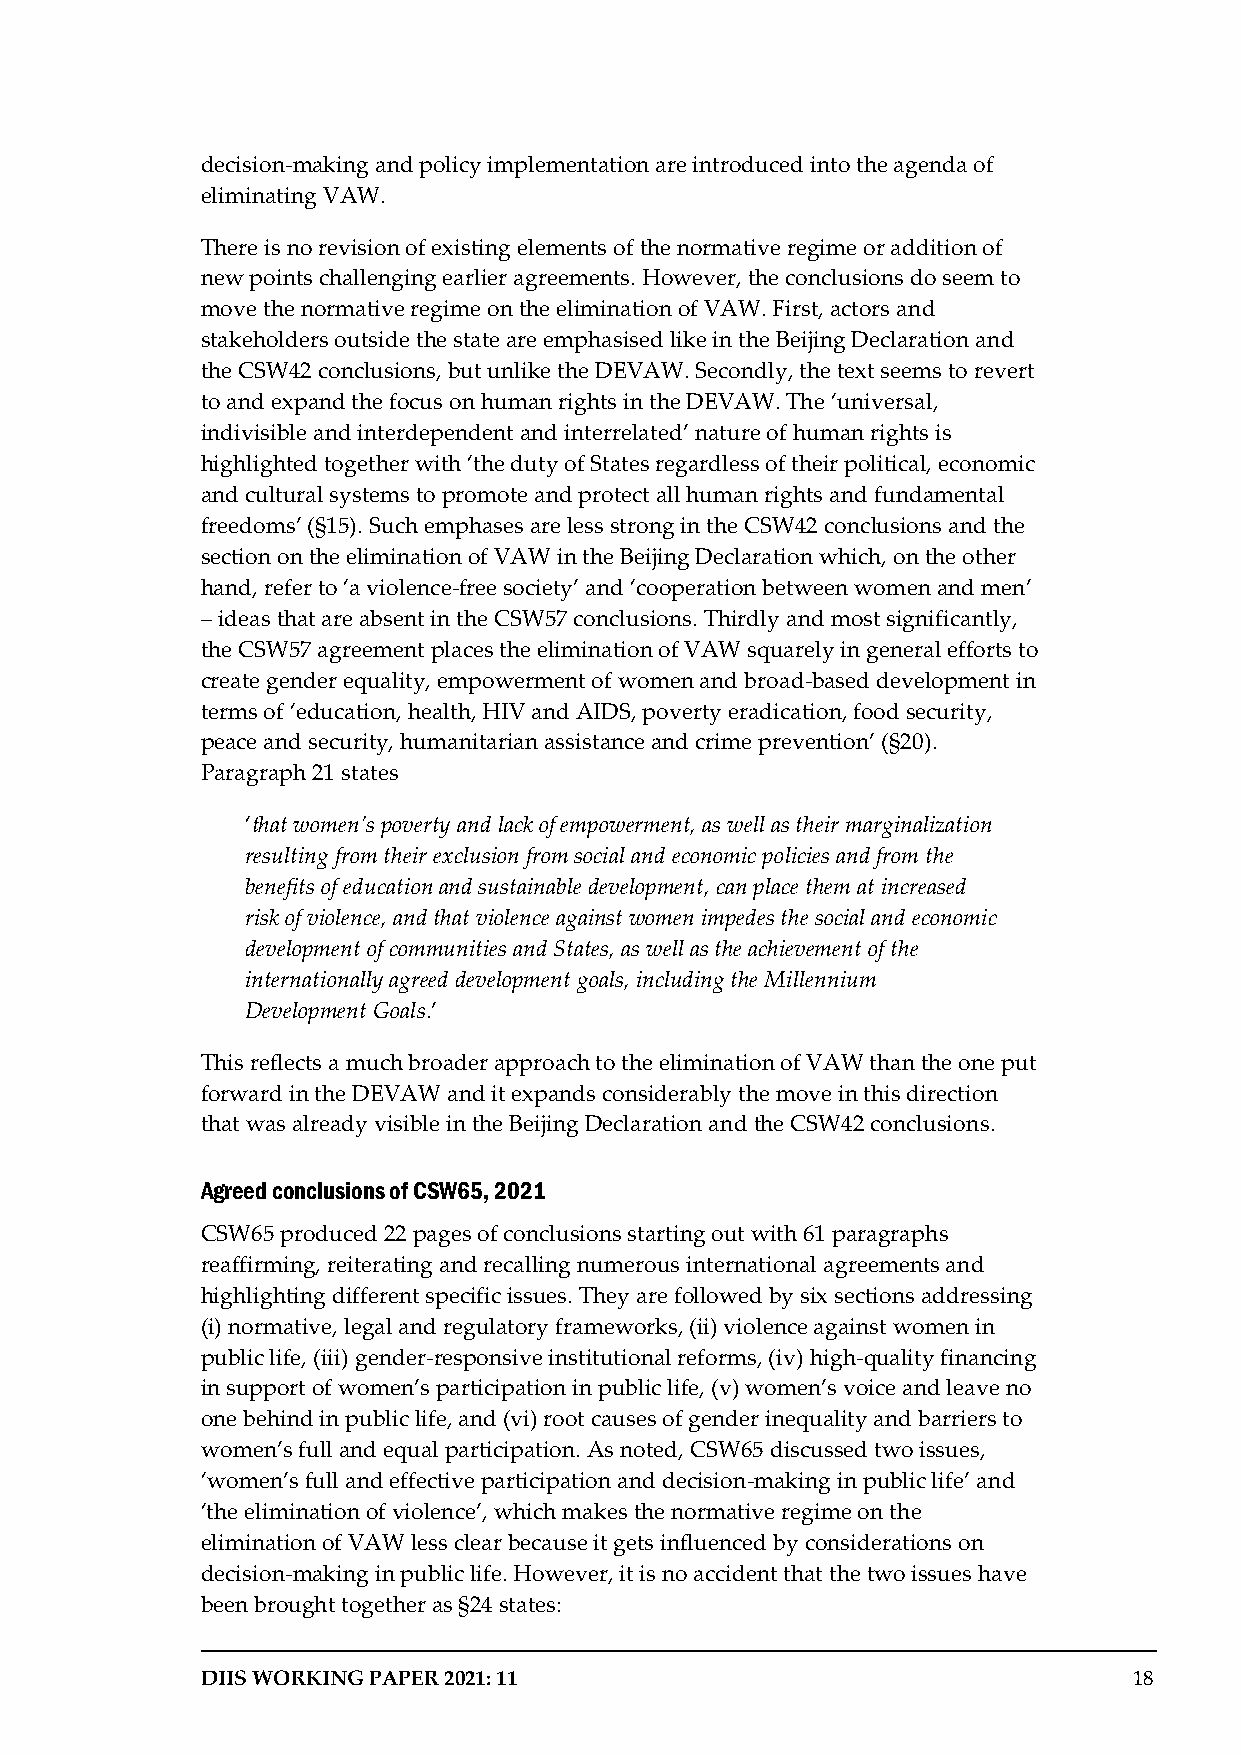
decision-making and policy implementation are introduced into the agenda of
 eliminating VAW.
 There is no revision of existing elements of the normative regime or addition of
 new points challenging earlier agreements. However, the conclusions do seem to
 move the normative regime on the elimination of VAW. First, actors and
 stakeholders outside the state are emphasised like in the Beijing Declaration and
 the CSW42 conclusions, but unlike the DEVAW. Secondly, the text seems to revert
 to and expand the focus on human rights in the DEVAW. The ‘universal,
 indivisible and interdependent and interrelated’ nature of human rights is
 highlighted together with ‘the duty of States regardless of their political, economic
 and cultural systems to promote and protect all human rights and fundamental
 freedoms’ (§15). Such emphases are less strong in the CSW42 conclusions and the
 section on the elimination of VAW in the Beijing Declaration which, on the other
 hand, refer to ‘a violence-free society’ and ‘cooperation between women and men’
 – ideas that are absent in the CSW57 conclusions. Thirdly and most significantly,
 the CSW57 agreement places the elimination of VAW squarely in general efforts to
 create gender equality, empowerment of women and broad-based development in
 terms of ‘education, health, HIV and AIDS, poverty eradication, food security,
 peace and security, humanitarian assistance and crime prevention’ (§20).
 Paragraph 21 states
 ‘that women’s poverty and lack of empowerment, as well as their marginalization
 resulting from their exclusion from social and economic policies and from the
 benefits of education and sustainable development, can place them at increased
 risk of violence, and that violence against women impedes the social and economic
 development of communities and States, as well as the achievement of the
 internationally agreed development goals, including the Millennium
 Development Goals.’
 This reflects a much broader approach to the elimination of VAW than the one put
 forward in the DEVAW and it expands considerably the move in this direction
 that was already visible in the Beijing Declaration and the CSW42 conclusions.
 Agreed conclusions of CSW65, 2021
 CSW65 produced 22 pages of conclusions starting out with 61 paragraphs
 reaffirming, reiterating and recalling numerous international agreements and
 highlighting different specific issues. They are followed by six sections addressing
 (i) normative, legal and regulatory frameworks, (ii) violence against women in
 public life, (iii) gender-responsive institutional reforms, (iv) high-quality financing
 in support of women’s participation in public life, (v) women’s voice and leave no
 one behind in public life, and (vi) root causes of gender inequality and barriers to
 women’s full and equal participation. As noted, CSW65 discussed two issues,
 ‘women’s full and effective participation and decision-making in public life’ and
 ‘the elimination of violence’, which makes the normative regime on the
 elimination of VAW less clear because it gets influenced by considerations on
 decision-making in public life. However, it is no accident that the two issues have
 been brought together as §24 states:
 DIIS WORKING PAPER 2021: 11                                   18